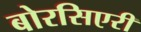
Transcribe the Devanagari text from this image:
बोरसिएरी